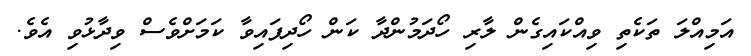
އަމިއްލަ ތަކެތި ވިއްކައިގެން ލާރި ހޯދަމުންދާ ކަން ހޯދިފައިވާ ކަމަށްވެސް ވިދާޅުވި އެވެ.